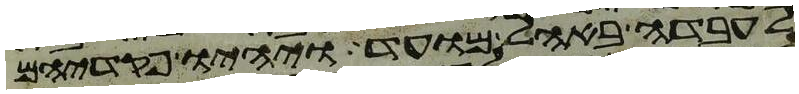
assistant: לעבדה באהל מועד ויהיו פקדיהם